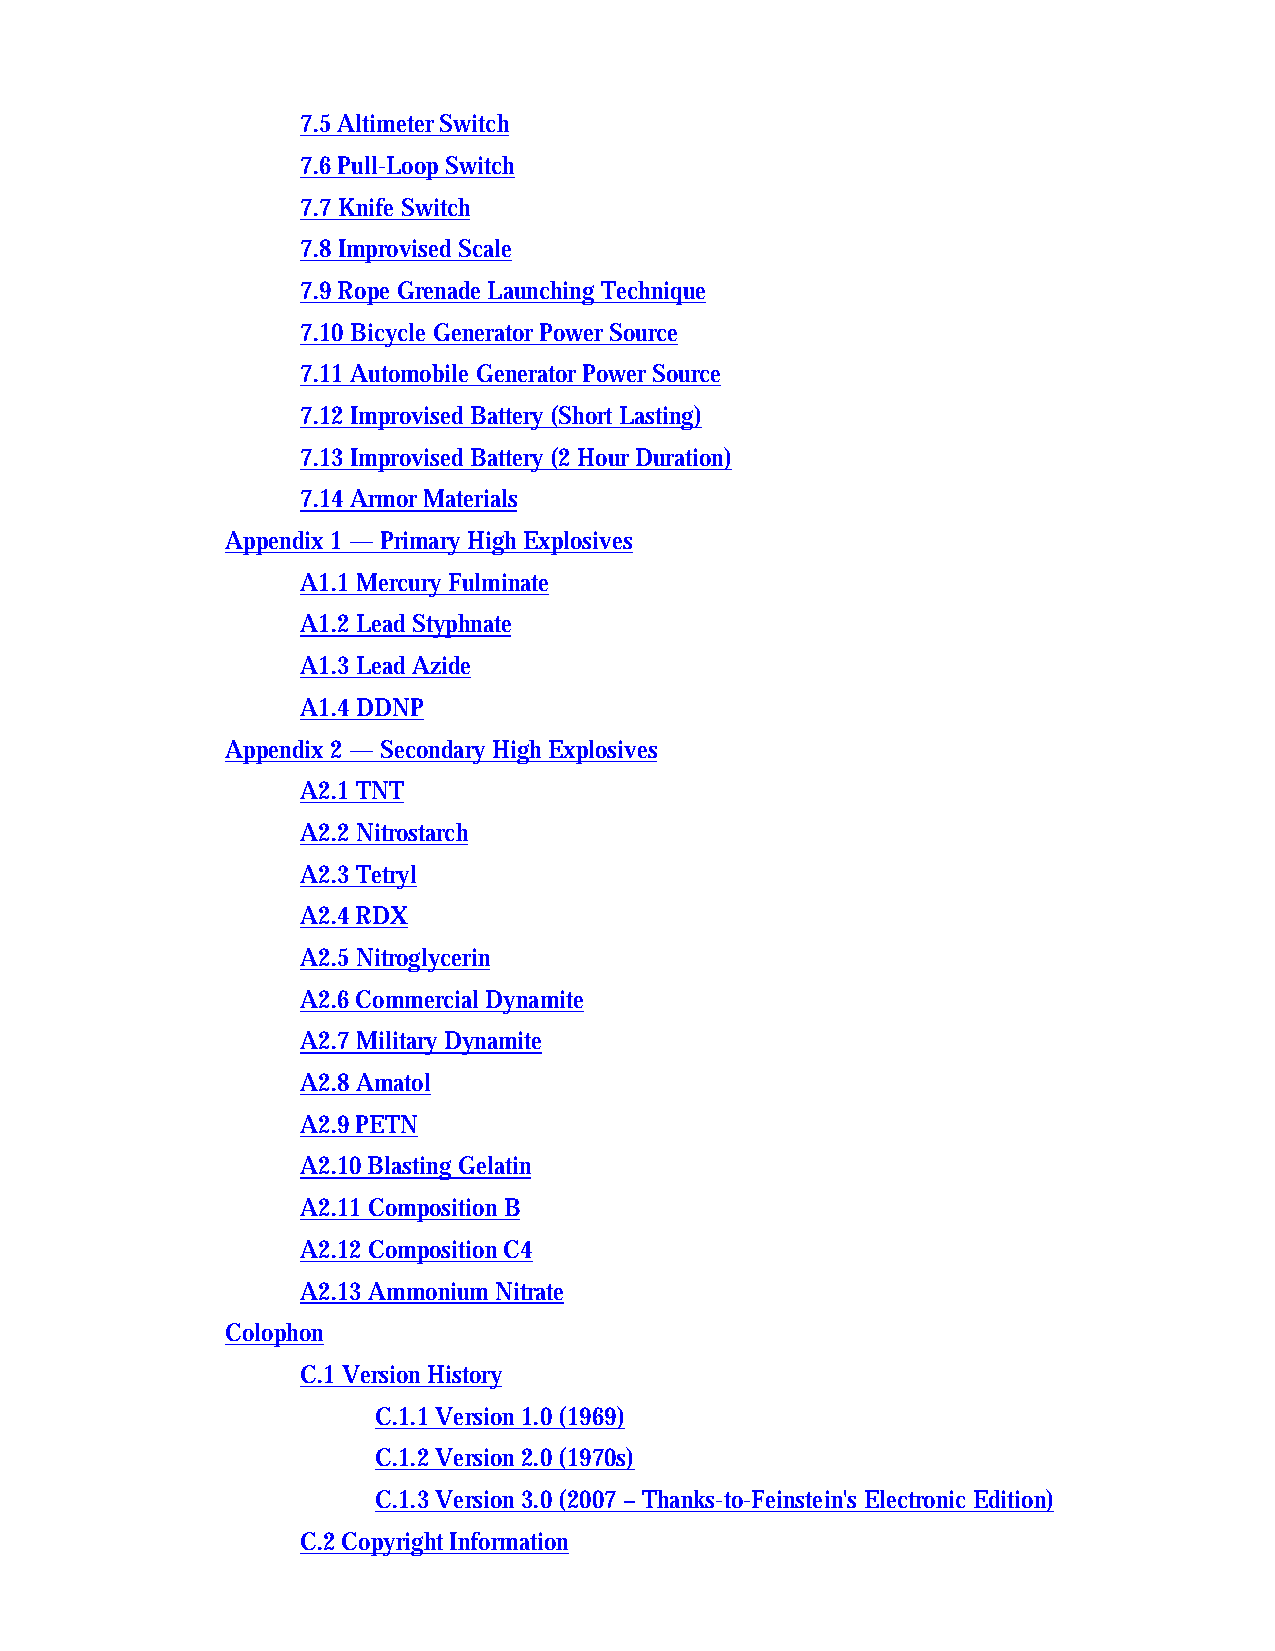
7.5 Altimeter Switch
 7.6 Pull-Loop Switch
 7.7 Knife Switch
 7.8 Improvised Scale
 7.9 Rope Grenade Launching Technique
 7.10 Bicycle Generator Power Source
 7.11 Automobile Generator Power Source
 7.12 Improvised Battery (Short Lasting)
 7.13 Improvised Battery (2 Hour Duration)
 7.14 Armor Materials
 Appendix 1 — Primary High Explosives
 A1.1 Mercury Fulminate
 A1.2 Lead Styphnate
 A1.3 Lead Azide
 A1.4 DDNP
 Appendix 2 — Secondary High Explosives
 A2.1 TNT
 A2.2 Nitrostarch
 A2.3 Tetryl
 A2.4 RDX
 A2.5 Nitroglycerin
 A2.6 Commercial Dynamite
 A2.7 Military Dynamite
 A2.8 Amatol
 A2.9 PETN
 A2.10 Blasting Gelatin
 A2.11 Composition B
 A2.12 Composition C4
 A2.13 Ammonium Nitrate
 Colophon
 C.1 Version History
 C.1.1 Version 1.0 (1969)
 C.1.2 Version 2.0 (1970s)
 C.1.3 Version 3.0 (2007 – Thanks-to-Feinstein's Electronic Edition)
 C.2 Copyright Information